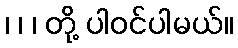
၊ ၊ ၊ တို့ ပါဝင်ပါမယ်။